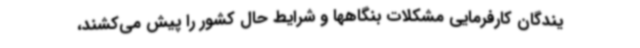
یندگان کارفرمایی مشکلات بنگاهها و شرایط حال کشور را پیش می‌کشند،